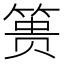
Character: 篑